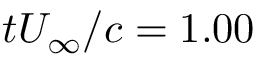
t U _ { \infty } / c = 1 . 0 0